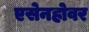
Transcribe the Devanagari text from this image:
एसेनहोवर